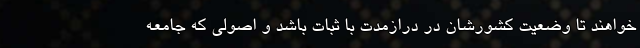
‌خواهند تا وضعیت کشورشان در درازمدت با ثبات باشد و اصولی که جامعه